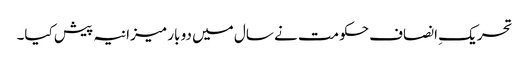
تحریکِ انصاف حکومت نے سال میں دو بار میزانیہ پیش کیا۔